Leaving Certificate Examination (including Day School Certificate (Higher) General paper), 1932
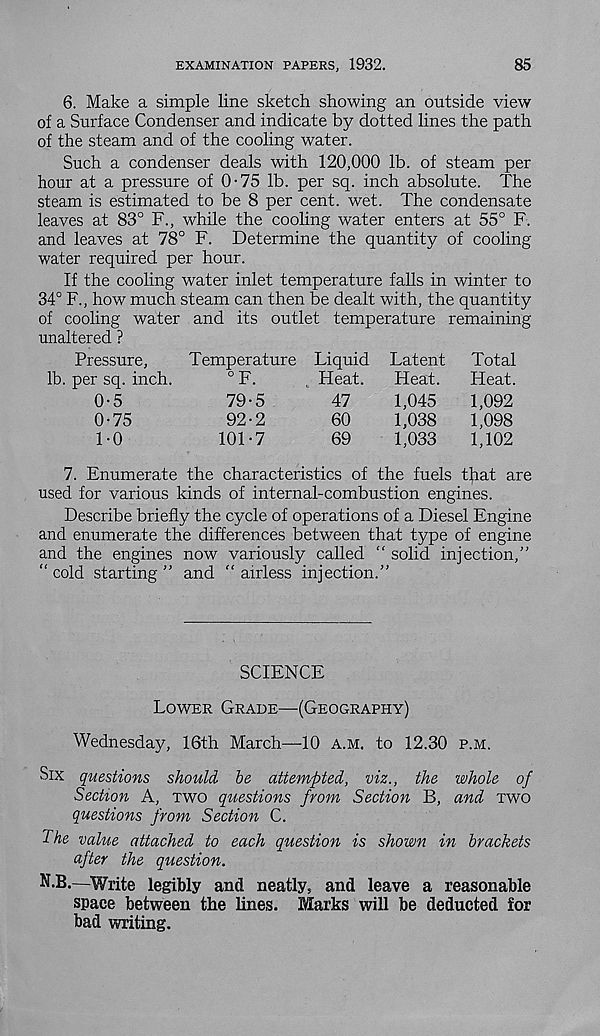
EXAMINATION PAPERS, 1932.
85
6. Make a simple line sketch showing an outside view
of a Surface Condenser and indicate by dotted lines the path
of the steam and of the cooling water.
Such a condenser deals with 120,000 lb. of steam per
hour at a pressure of 0-75 lb. per sq. inch absolute. The
steam is estimated to be 8 per cent. wet. The condensate
leaves at 83° F., while the cooling water enters at 55° F.
and leaves at 78° F. Determine the quantity of cooling-
water required per hour.
If the cooling water inlet temperature falls in winter to
34° F., how much steam can then be dealt with, the quantity
of cooling water and its outlet temperature remaining
unaltered ?
Pressure,
Temperature Liquid Latent
Total
lb. per sq. inch.
° F.
0-5
79-5
0-75
92-2
1-0
101-7
Heat.
Heat.
Heat.
47
1,045
1,092
60
1,038
1,098
69
1,033
1,102
7. Enumerate the characteristics of the fuels that are
used for various kinds of internal-combustion engines.
Describe briefly the cycle of operations of a Diesel Engine
and enumerate the differences between that type of engine
and the engines now variously called “ solid injection,”
“ cold starting ” and “ airless injection.”
SCIENCE
Lower Grade—(Geography)
Wednesday, 16th March—-10 a.m. to 12.30 p.m.
Six questions should, he attempted, viz., the whole of
Section A, two questions from Section B, and two
questions from Section C.
The value attached to each question is shown in brackets
after the question.
N.B.—Write legibly and neatly, and leave a reasonable
space between the lines. Marks will be deducted for
bad writing.